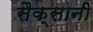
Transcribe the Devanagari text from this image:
सैक्सानी